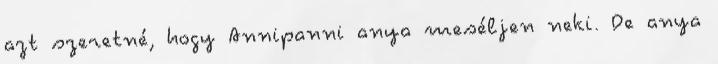
azt szeretné, hogy Annipanni anya meséljen neki. De anya